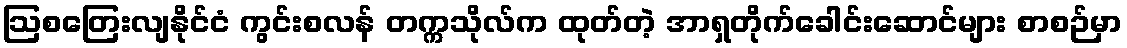
ဩစတြေးလျနိုင်ငံ ကွင်းစလန် တက္ကသိုလ်က ထုတ်တဲ့ အာရှတိုက်ခေါင်းဆောင်များ စာစဉ်မှာ